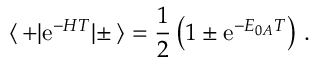
\langle \, + | \mathrm { e } ^ { - H T } | \pm \, \rangle = \frac { 1 } { 2 } \left( 1 \pm \mathrm { e } ^ { - E _ { 0 A } T } \right) \, .